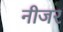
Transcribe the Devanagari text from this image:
नीजर